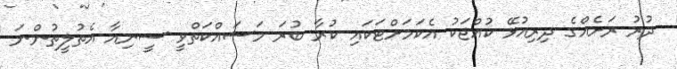
ދުރު ރަށެއްގެ ދިރިއުޅޭ ކުއްޖަކު އެކަމަށްޓަކައި ކުރާ ބުރަ މަސައްކަތްވީ ސީނިއާ އެތުލީތުންނަ